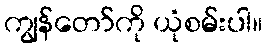
ကျွန်တော်ကို ယုံစမ်းပါ။